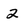
Character: 2